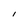
Character: I